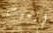
إيميت